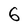
Character: 6